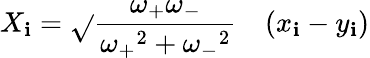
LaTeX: X_{\mathbf{i}}={\sqrt{}{{\frac{{\omega_{+}\omega_{-}}}{{{\omega_{+}}^{2}+{\omega_{-}}^{2}}}}}}\quad(x_{\mathbf{i}}-y_{\mathbf{i}})